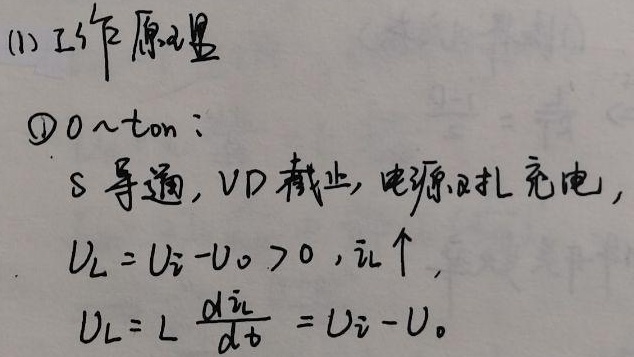
(1) 工作原理
\textcircled{1} \(0\sim t_{on}\)：
S 导通，VD 截止，电源对L充电，
\(U_{L}=U_{i}-U_{o}>0, i_{L}\uparrow\)，
\(U_{L}= L \frac{di_{L}}{dt} = U_{i}-U_{o}\) 。